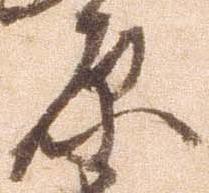
原